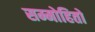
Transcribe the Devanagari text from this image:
सम्मोहितो